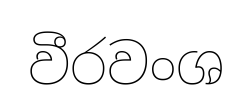
වීරවංශ